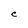
Character: C